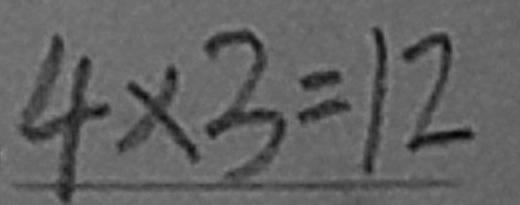
4 \times 3 = 1 2